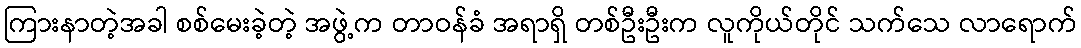
ကြားနာတဲ့အခါ စစ်မေးခဲ့တဲ့ အဖွဲ့က တာဝန်ခံ အရာရှိ တစ်ဦးဦးက လူကိုယ်တိုင် သက်သေ လာရောက်